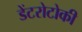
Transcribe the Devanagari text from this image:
डेंटरोटोकी